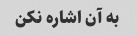
به آن اشاره نکن